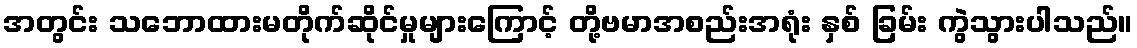
အတွင်း သဘောထားမတိုက်ဆိုင်မှုများကြောင့် တို့ဗမာအစည်းအရုံး နှစ် ခြမ်း ကွဲသွားပါသည်။